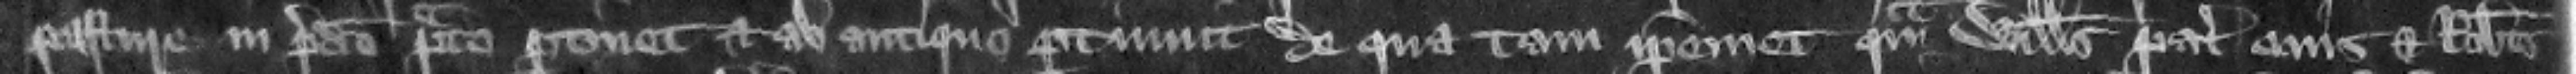
pasture in predicto prato pertinet et ab antiquo pertinuit de qua tam ipsemet quam Willelmus pater eius et Robertus